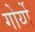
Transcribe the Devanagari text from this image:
गोर्यो